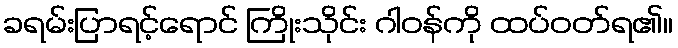
ခရမ်းပြာရင့်ရောင် ကြိုးသိုင်း ဂါဝန်ကို ထပ်ဝတ်ရ၏။